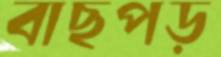
বাছপড়